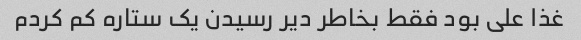
غذا علی بود فقط بخاطر دیر رسیدن یک ستاره کم کردم